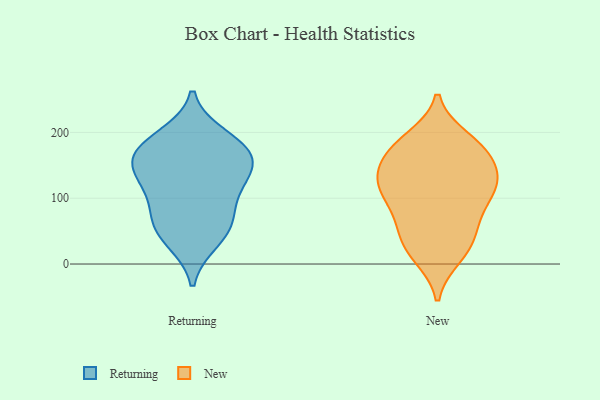
{"axis": {"x": "Page Views", "y": "Value"}, "legend": ["New", "Returning"], "data": [{"x": "", "y": 157, "type": "Returning"}, {"x": "", "y": 49, "type": "Returning"}, {"x": "", "y": 164, "type": "Returning"}, {"x": "", "y": 75, "type": "Returning"}, {"x": "", "y": 118, "type": "Returning"}, {"x": "", "y": 36, "type": "Returning"}, {"x": "", "y": 134, "type": "Returning"}, {"x": "", "y": 125, "type": "Returning"}, {"x": "", "y": 69, "type": "Returning"}, {"x": "", "y": 193, "type": "Returning"}, {"x": "", "y": 175, "type": "Returning"}, {"x": "", "y": 175, "type": "Returning"}, {"x": "", "y": 163, "type": "New"}, {"x": "", "y": 190, "type": "New"}, {"x": "", "y": 133, "type": "New"}, {"x": "", "y": 110, "type": "New"}, {"x": "", "y": 110, "type": "New"}, {"x": "", "y": 143, "type": "New"}, {"x": "", "y": 24, "type": "New"}, {"x": "", "y": 174, "type": "New"}, {"x": "", "y": 53, "type": "New"}, {"x": "", "y": 12, "type": "New"}, {"x": "", "y": 56, "type": "New"}, {"x": "", "y": 139, "type": "New"}, {"x": "", "y": 65, "type": "New"}, {"x": "", "y": 120, "type": "New"}, {"x": "", "y": 180, "type": "New"}, {"x": "", "y": 21, "type": "New"}, {"x": "", "y": 97, "type": "New"}, {"x": "", "y": 180, "type": "New"}, {"x": "", "y": 110, "type": "New"}]}